King Institute of Preventive Medicine Micro-Biological Section reports 1912-19
Year: 1912
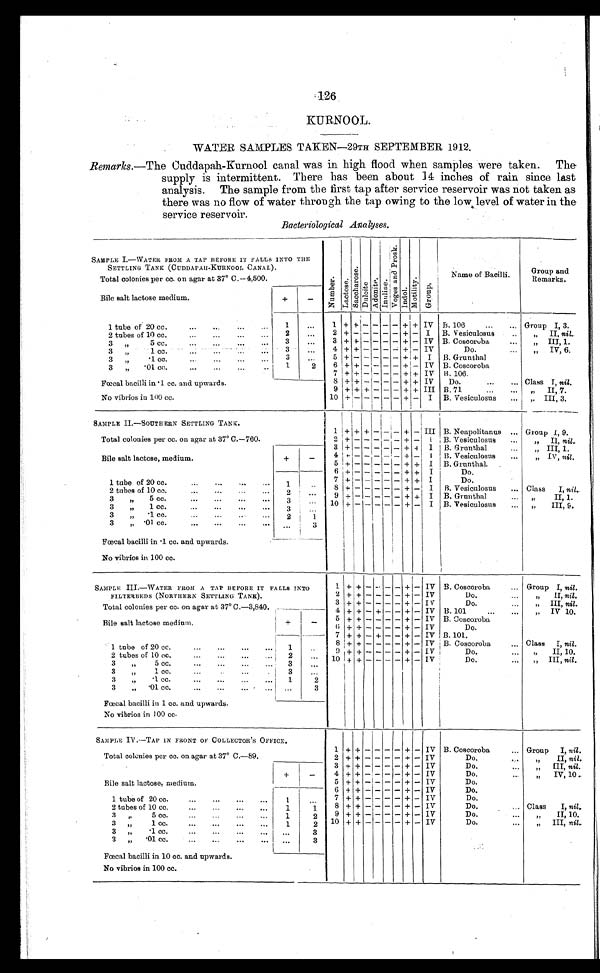
126
KURNOOL.
WATER SAMPLES TAKEN—29TH SEPTEMBER 1912.
Remarks .—The Cuddapah-Kurnool canal was in high flood when samples were taken. The
supply is intermittent. There has been about 14 inches of rain since last
analysis. The sample from the first tap after service reservoir was not taken as
there was no flow of water through the tap owing to the low level of water in the
service reservoir.
Bacteriological Analyses.
SAMPLE I.—WATER FROM A TAP BEFORE IT FALLS INTO THE
SETTLING TANK (CUDDAPAH-KURNOOL CANAL).
N u m b e r .
L a c t o s e .
S a c c h a r o s e .
D u l c i t e .
A d o n i t e .
I n u l i n e . V o g e s a n d P r o s k . .
I n d o l . Mo t i l i t y .
G r o u p .
Name of Bacilli.
Group and
Remarks.
Total colonies per cc. on agar at 37° C. —4,500.
Bile salt lactose medium.
+
-
1 tube of 20 cc.
...
...
. . .
...
1
. . .
1 + + - - - - + + IV B. 106
...
... Group I, 3.
1 tubes of 10 cc. . . .
. . .
. . .
. . .
2
. . .
2 + - - - - - + - I B. Vesiculosus
„ I I ,
n i l . .
3
„ 5 c c . . . . . . . . . .
...
3
. . .
3 + + - - - - + - IV B. Coscoruba
„„ III, 1.
3 „
1 c c .
. . .
. . .
. . .
. . .
3
. . .
4 + + - - - - + - IV
Do.
„ IV, 6.
3 „ . 1 c c . . . . . . . . . . . . .
3
. . .
5 + - - - - - + + I B. Grunthal
3 „ . 0 1 c c . . . . . . . . . .
. . .
1
2
6 + + - - - - + - IV B. Coscoroba
No vibrios in 100 cc.
Fœcal bacilli in .1 cc. and upwards.
7 + + - - - - + + IV B. 106.
8 + + - - - - + + IV
Do.
Class I, nil.
9 + + + - - - + + III B.71
„ II, 7.
1 0 + -
- - - - + - I B. Vesiculosus
„ III, 3.
SAMPLE II.—SOUTHERN SETTLING TANK.
Total colonies per cc. on agar at 37° C.—760.
1 + + + - - - + - III B. Neapolitanus ... Group I 9.
2 + - - - - - + -
I B. Vesiculosus
...
„
II, nil.
3 + - - - - - + +
I B. Grunthal
...
„ III, 1.
4 + -
- - - - + -
I B. Vesiculosus
...
„
IV, nil.
Bile salt lactose, medium.
+
-
5 + - - - - - + +
I B. Grunthal. ...
6 + - - - - - + +
I
Do.
1 tube of 20 cc.
...
...
. . .
...
1
. . .
7 + -
- - - - + +
I
Do.
2 tubes of 10 cc. . . . . . . . . .
...
2
. . .
8 + -
- - - - + -
I B. Vesiculosus
... Class I, nil.
3
„ 5 cc. ... ... ...
...
3
. . .
9 + - - - - - + +
I B. Grunthal
. . .
„
II, 1.
3
„
1 cc.
...
...
. . .
. . .
3
. . .
1 0 + -
- - - - + -
I B. Vesiculosus
...
„
III, 9.
3
„ .1 cc.
...
...
...
. . .
2
1
3
„
. 0 1 c c .
. . .
. . .
. . .
. . .
. . .
3
Fœcal bacilli in .1 cc. and upwards.
No vibrios in 100 cc.
SAMPLE III.—WATER FROM A TAP BEFORE IT FALLS INTO
FILTERBEDS (NORTHERN SETTLING TANK).
1 + + - - - - + - IV B. Coscoroba
... Group I, nil.
2 + + - - - - + - IV
Do.
...
„ I I ,
n i l .
3 + + - - - - + - IV
Do.
...
„ III, nil.
Total colonies per cc. on agar at 37° C.—3,840.
4 + + - - - - + - IV B. 101
..
„ I V 1 0 .
Bile salt lactose medium.
+
-
5 + + - - - - + - IV B. Coscoroba
6 + + - - - - + -
I V
Do.
...
7 + + - - - - + - IV B.101.
1 tube of 20cc. . . .
. . .
. . .
. . .
1
. . .
8 + + - - - - + - IV B. Coscoroba
. . . Class I, nil.
2 tubes of 10cc. ... ... ... ...
2
. . .
9 + + - - - - + - IV
Do.
...
„ I I , 1 0 .
3 „ 5 cc.
...
...
...
...
3
. . .
1 0 + + - - - - + - IV
Do.
...
„ III, nil.
3
„ 1 cc. ... ... ... ...
3
. . .
3
„
.1 cc. . . . . . . . . .
...
1
2
3
„
. 0 1 c c .
. . .
. . .
. . .
. . .
. . .
3
Fœcal bacilli in 1 cc. and upwards.
No vibrios in 100 cc.
SAMPLE IV.—TAP IN FRONT OF COLLECTOR'S OFFICE.
1 + + - - - - + - IV B. Coscoroba
... Group I, nil.
Total colonies per cc. on agar at 37° C.—89.
2 + + - - - - + - IV
Do.
...
„ I I ,
n i l .
Bile salt lactose, medium.
+
-
3 + + - - - - + - IV
Do.
...
„ I I I ,
n i l .
4 + + - - - - + - IV
Do.
...
„ I V , 1 0
5 + + - - - - + - IV
Do.
...
6 + + - - - - + - IV
Do.
...
1 tube of 20 cc.
...
...
...
1
. . .
7 + + - - - - + - IV
Do.
...
2 tubes of 10 cc.
...
...
...
1
1
8 + + - - - - + -
I V
Do.
...
Class
I, nil.
3
„ 5 c c .
. . .
. . .
. . .
1
2
9 + + - - - - + - IV
Do.
...
„ I I , 1 0 .
3 „ 1 cc.
...
...
...
1
2
1 0 + + - - - - + - IV
Do.
...
„ I I I ,
n i l .
3 „
.1 cc.
...
...
...
. . .
3
3 „
. 0 1 c c .
. . .
. . .
. . .
. . .
3
Fœcal bacilli in 10 cc. and upwards.
No vibrios in 100 cc.